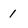
Character: 1